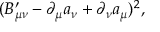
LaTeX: ( B _ { \mu \nu } ^ { \prime } - \partial _ { \mu } a _ { \nu } + \partial _ { \nu } a _ { \mu } ) ^ { 2 } ,